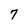
Character: 7